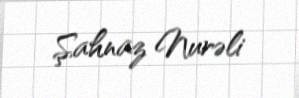
Şahnaz Nurəli